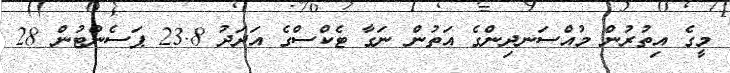
މީގެ އިތުރުން މުއްސަނދިންގެ އަތުން ނަގާ ޓެކްސްގެ އަދަދު 23.8 ޕަސެންޓުން 28